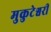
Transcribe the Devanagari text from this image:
मुकुटेश्वरी